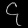
Digit: ၄